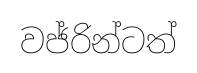
වජ්රින්ටත්